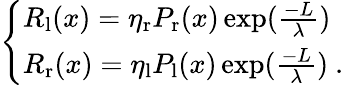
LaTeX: \left\{ \begin{array}{ll}{R_{\mathrm{l}}(x)=\eta_{\mathrm{r}}P_{\mathrm{r}}(x)\exp(\frac{-L}{\lambda})}\\ {R_{\mathrm{r}}(x)=\eta_{\mathrm{l}}P_{\mathrm{l}}(x)\exp(\frac{-L}{\lambda})\ .}\end{array}\right.